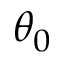
\theta _ { 0 }